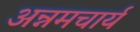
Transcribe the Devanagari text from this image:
अन्नमचार्य